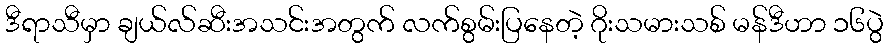
ဒီရာသီမှာ ချယ်လ်ဆီးအသင်းအတွက် လက်စွမ်းပြနေတဲ့ ဂိုးသမားသစ် မန်ဒီဟာ ၁၆ပွဲ